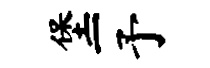
堡一予